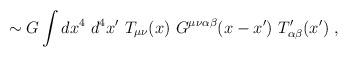
LaTeX: \begin{align*}\sim G\int dx^4~ d^4x'~T_{\mu\nu}(x)~ G^{\mu\nu\alpha\beta}(x - x')~T'_{\alpha\beta}(x') ~,\end{align*}